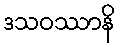
ဒသဝဿာနိ